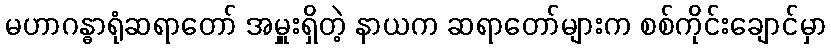
မဟာဂန္ဓာရုံဆရာတော် အမှူးရှိတဲ့ နာယက ဆရာတော်များက စစ်ကိုင်းချောင်မှာ